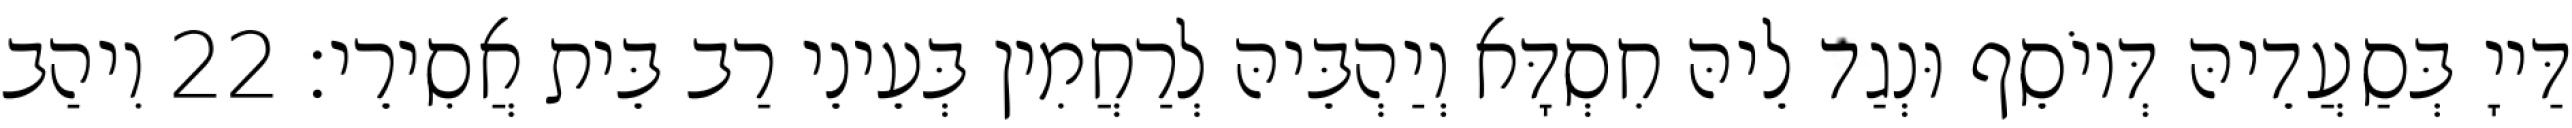
דַּייָ בְּסַעֲדֵיהּ דְּיוֹסֵף וּנְגַד לֵיהּ חִסְדָּא וְיַהְבֵּיהּ לְרַחֲמִין בְּעֵינֵי רַב בֵּית אֲסִירֵי׃ 22 וִיהַב